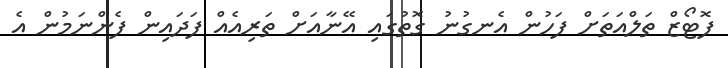
ފޮޓޯޒް ތަލްއަތަށް ފަހުން އެނގުނު ގޮތުގައި އޭނާއަށް ތަރިއެއް ފަދައިން ފެންނަމުން އެ